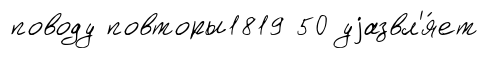
поводу повторы1819 50 уjазвл'я́ет